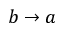
b \rightarrow a